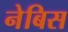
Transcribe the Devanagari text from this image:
नेबिस